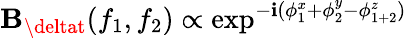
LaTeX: \mathbf{B}_{\deltat}(f_{1},f_{2})\propto\exp^{-\mathbf{i}(\phi_{1}^{x}+\phi_{2}^{y}-\phi_{1+2}^{z})}